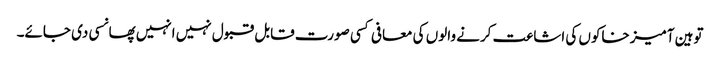
توہین آمیز خاکوں کی اشاعت کرنے والوں کی معافی کسی صورت قابل قبول نہیں انہیں پھانسی دی جائے۔